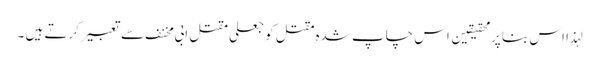
لہذا اس بنا پر محقیقین اس چاپ شدہ مقتل کو جعلی مقتل ابی مخنف سے تعبیر کرتے ہیں ۔